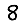
Digit: 8